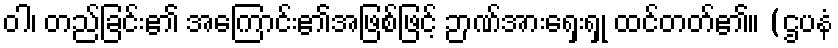
ဝါ၊ တည်ခြင်း၏ အကြောင်း၏အဖြစ်ဖြင့် ဉာဏ်အားရှေးရှု ထင်တတ်၏။ (ဌပနံ